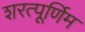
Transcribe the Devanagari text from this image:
शरत्पूर्णिम